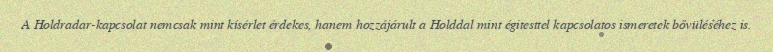
A Holdradar-kapcsolat nemcsak mint kísérlet érdekes, hanem hozzájárult a Holddal mint égitesttel kapcsolatos ismeretek bővüléséhez is.